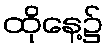
ထိုနေ့၌